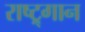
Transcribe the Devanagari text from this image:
राष्ट्र्गान